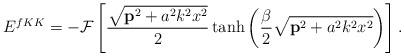
LaTeX: \begin{align*}E^{fKK}=-{\cal{F}} \left[ \frac{\sqrt{{\bf p}^2+a^2k^2 x^2}}{2}\tanh \left( \frac{\beta}{2}\sqrt{{\bf p}^2+a^2k^2x^2}\right) \right].\end{align*}